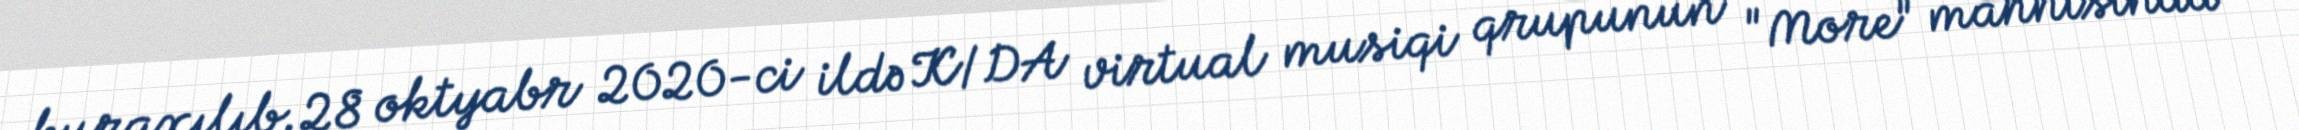
buraxılıb.28 oktyabr 2020-ci ildə K/DA virtual musiqi qrupunun "More" mahnısında